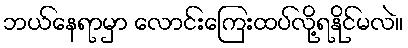
ဘယ်နေရာမှာ လောင်းကြေးထပ်လို့ရနိုင်မလဲ။